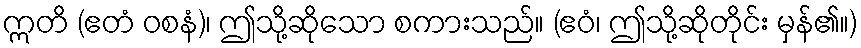
ဣတိ (ဧတံ ဝစနံ)၊ ဤသို့ဆိုသော စကားသည်။ (ဧဝံ၊ ဤသို့ဆိုတိုင်း မှန်၏။)